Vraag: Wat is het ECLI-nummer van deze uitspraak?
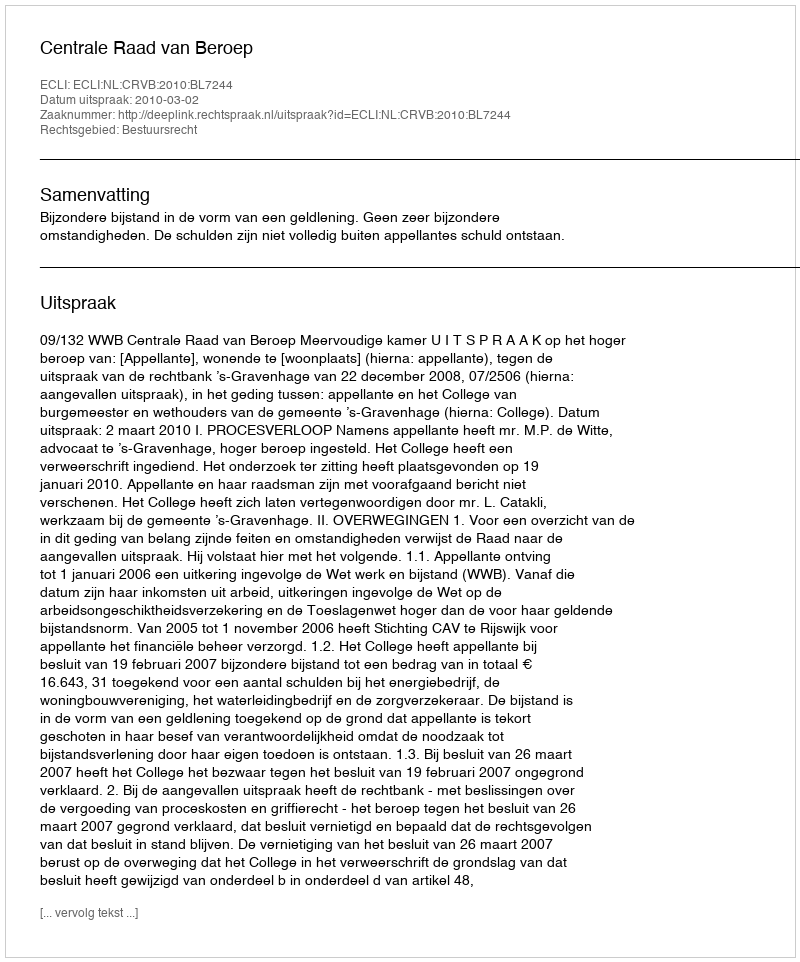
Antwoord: ECLI:NL:CRVB:2010:BL7244